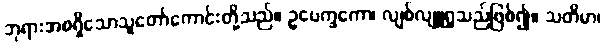
ဘုရားအစရှိသောသူတော်ကောင်းတို့သည်။ ဥပေက္ခကော၊ လျစ်လျူရှုသည်ဖြစ်၍။ သတိမာ၊